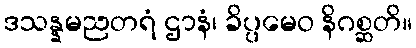
ဒသန္နမညတရံ ဌာနံ၊ ခိပ္ပမေဝ နိဂစ္ဆတိ။